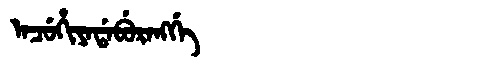
Manchu: ᠠᠴᡠᡥᡳᠶᠠᡩᠠᠪᡠᡵᠠᠩᡤᡝ
Romanization: ACUHIYADABURANGGE